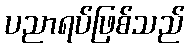
ပညာရပ်ဖြစ်သည်